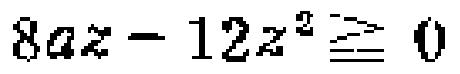
$8az - 12z^{2} \ge 0$